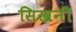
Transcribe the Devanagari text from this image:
सिखनी